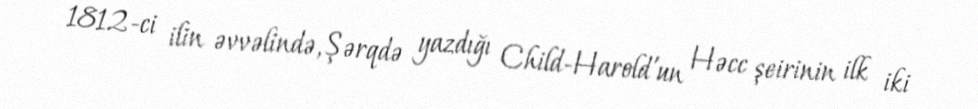
1812-ci ilin əvvəlində, Şərqdə yazdığı Child-Harold'un Həcc şeirinin ilk iki